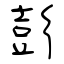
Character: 彭